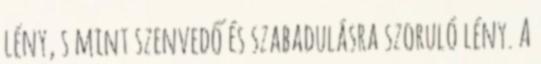
lény, s mint szenvedő és szabadulásra szoruló lény. A